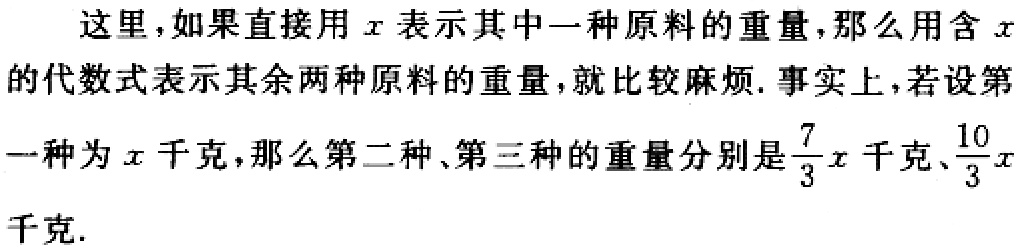
这里，如果直接用\(x\)表示其中一种原料的重量，那么用含\(x\)的代数式表示其余两种原料的重量，就比较麻烦. 事实上，若设第一种为\(x\)千克，那么第二种、第三种的重量分别是\(\frac{7}{3}x\)千克、\(\frac{10}{3}x\)千克.